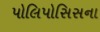
પોલિપોસિસના